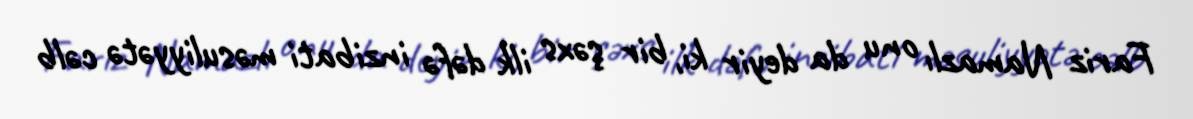
Fariz Namazlı onu da deyir ki, bir şəxs ilk dəfə inzibati məsuliyyətə cəlb